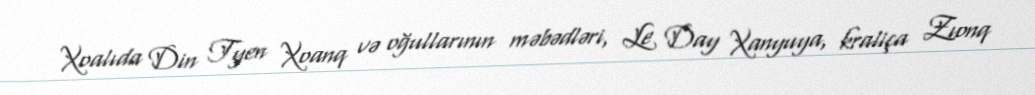
Xoalıda Din Tyen Xoanq və oğullarının məbədləri, Le Day Xanyuya, kraliça Zıonq